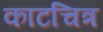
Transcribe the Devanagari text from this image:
काटचित्र